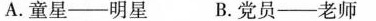
A.童星—明星 B.党员—老师